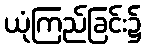
ယုံကြည်ခြင်း၌